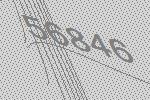
56846